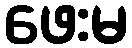
ဖေးမ